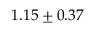
1 . 1 5 \pm 0 . 3 7